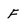
Character: F